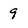
Character: 9